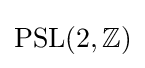
\mathrm {PSL} (2,\mathbb {Z} )